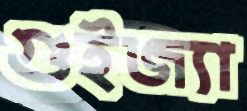
গুইজ্যা